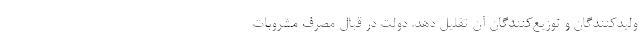
ولیدکنندگان و توزیع‌کنندگان آن تقلیل دهد. دولت در قبال مصرف مشروبات